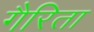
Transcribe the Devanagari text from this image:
गैरिता